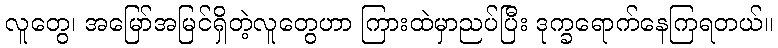
လူတွေ၊ အမြော်အမြင်ရှိတဲ့လူတွေဟာ ကြားထဲမှာညပ်ပြီး ဒုက္ခရောက်နေကြရတယ်။